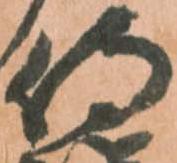
侍